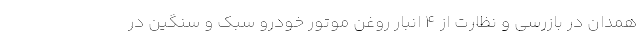
همدان در بازرسی و نظارت ‌از 4 انبار روغن موتور خودرو سبک و سنگین در